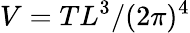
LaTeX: V=TL^{3}/(2\pi)^{4}